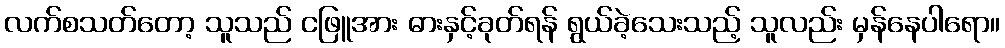
လက်စသတ်တော့ သူသည် ငဖြူအား ဓားနှင့်ခုတ်ရန် ရွယ်ခဲ့သေးသည့် သူလည်း မှန်နေပါရော။